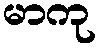
မာကု